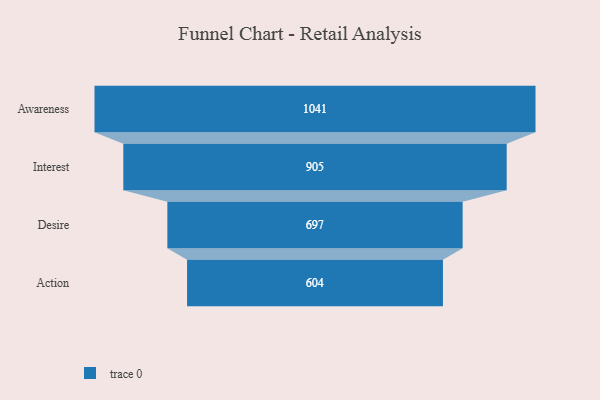
{"axis": {"x": "Stage", "y": "Value"}, "legend": [""], "data": [{"x": "Awareness", "y": 1041.0, "type": ""}, {"x": "Interest", "y": 905.0, "type": ""}, {"x": "Desire", "y": 697.0, "type": ""}, {"x": "Action", "y": 604.0, "type": ""}]}